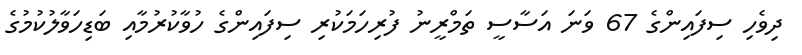
ދިވެހި ސިފައިންގެ 67 ވަނަ އަސާސީ ތަމްރީނު ފުރިހަމަކުރި ސިފައިންގެ ހުވާކުރުމާއި ބަޑިހަވާލުކުމުގެ